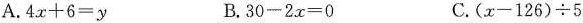
A.$$4x+6=y$$ B.$$30-2x=0$$ C.$$(x-126)\div 5$$